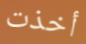
أخذت